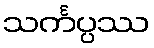
သင်္ကပ္ပဿ